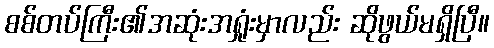
စစ်တပ်ကြီး၏အဆုံးအရှုံးမှာလည်း ဆိုဖွယ်မရှိပြီ။